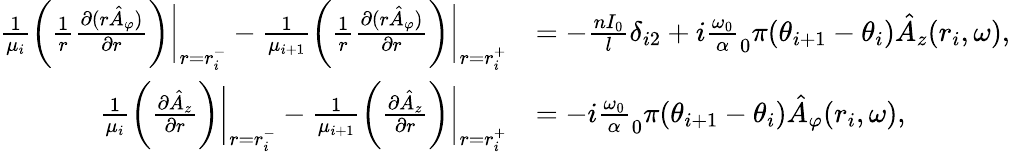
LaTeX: \begin{array}{rl}{\frac{1}{\mu_{i}}\bigg(\frac{1}{r}\frac{\partial(r\hat{A}_{\varphi})}{\partial r}\bigg)\bigg|_{r=r_{i}^{-}}-\frac{1}{\mu_{i+1}}\bigg(\frac{1}{r}\frac{\partial(r\hat{A}_{\varphi})}{\partial r}\bigg)\bigg|_{r=r_{i}^{+}}}&{=-\frac{nI_{0}}{l}\delta_{i2}+i\frac{\omega_{0}}\alpha_{0}{\pi}(\theta_{i+1}-\theta_{i})\hat{A}_{z}(r_{i},\omega),}\\ {\frac{1}{\mu_{i}}\bigg(\frac{\partial\hat{A}_{z}}{\partial r}\bigg)\bigg|_{r=r_{i}^{-}}-\frac{1}{\mu_{i+1}}\bigg(\frac{\partial\hat{A}_{z}}{\partial r}\bigg)\bigg|_{r=r_{i}^{+}}}&{=-i\frac{\omega_{0}}\alpha_{0}{\pi}(\theta_{i+1}-\theta_{i})\hat{A}_{\varphi}(r_{i},\omega),}\end{array}